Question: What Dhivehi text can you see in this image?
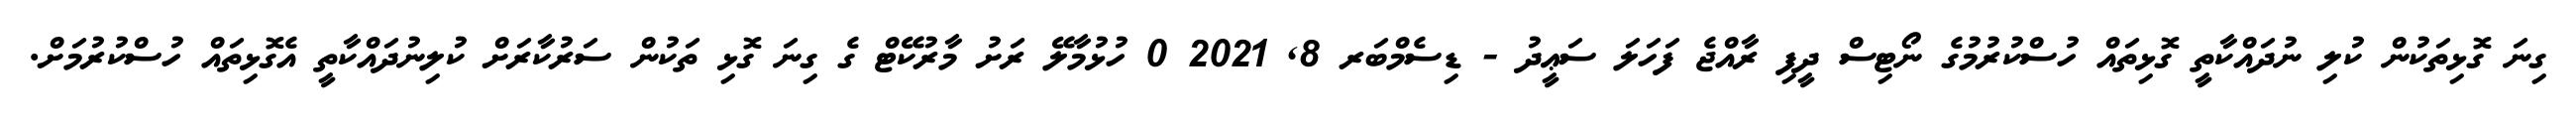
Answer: ގިނަ ގޮޅިތަކުން ކުލި ނުދައްކާތީ ގޮޅިތައް ހުސްކުރުމުގެ ނޯޓިސް ދީފި ރާއްޖެ ފަހަލަ ސަޢީދު - ޑިސެމްބަރ 8, 2021 0 ހުޅުމާލޭ ރަށު މާރުކޭޓް ގެ ގިނަ ގޮޅި ތަކުން ސަރުކާރަށް ކުލިނުދައްކާތީ އެގޮޅިތައް ހުސްކުރުމަށް.